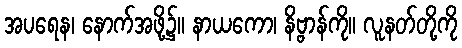
အပရေန၊ နောက်အဖို့၌။ နာယကော၊ နိဗ္ဗာန်ကို။ လူနတ်တို့ကို